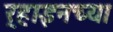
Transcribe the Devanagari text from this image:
र्‍हाइनच्या